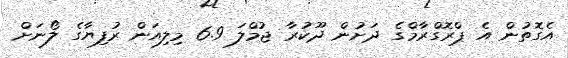
އެގޮތުން އެ ޕްރޮގްރާމްގެ ދަށުން ދޫކުރާ ޖުމްލަ 6.9 މިލިއަން ރުފިޔާގެ ލޯނަށް